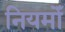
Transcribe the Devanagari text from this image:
नियमोँ